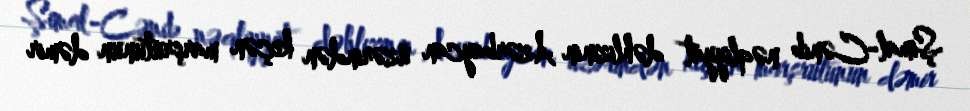
Şimal-Cənib nəqliyyat dəhlizinin Azərbaycan üzərindən keçən marşrutunun dəmir